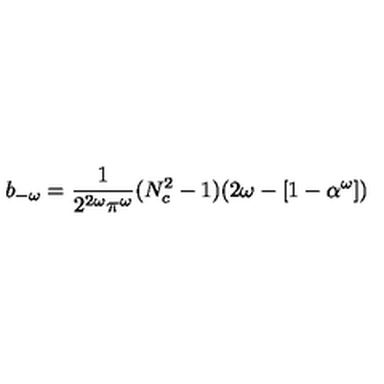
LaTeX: b _ { - \omega } = \frac { 1 } { 2 ^ { 2 \omega } \pi ^ { \omega } } ( N _ { c } ^ { 2 } - 1 ) ( 2 \omega - [ 1 - \alpha ^ { \omega } ] )